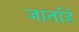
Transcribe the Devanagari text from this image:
जातहिं